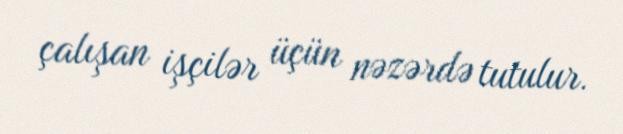
çalışan işçilər üçün nəzərdə tutulur.